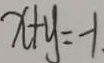
x + y = - 1